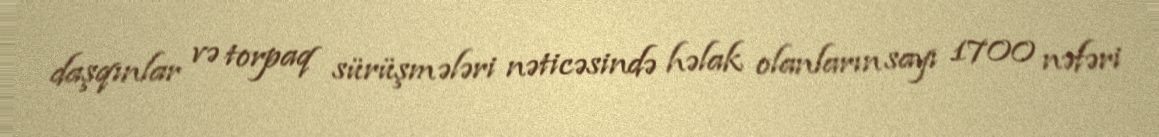
daşqınlar və torpaq sürüşmələri nəticəsində həlak olanların sayı 1700 nəfəri